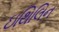
ઇથિલિન